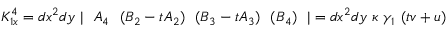
K _ { 1 x } ^ { 4 } = d x ^ { 2 } d y ~ \vert ~ ~ A _ { 4 } ~ ~ ( B _ { 2 } - t A _ { 2 } ) ~ ~ ( B _ { 3 } - t A _ { 3 } ) ~ ~ ( B _ { 4 } ) ~ ~ \vert = d x ^ { 2 } d y ~ \kappa ~ \gamma _ { 1 } ~ ( t v + u )